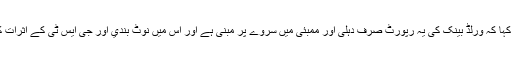
مسٹر شکلا نے کہا کہ ورلڈ بینک کی یہ رپورٹ صرف دہلی اور ممبئی میں سروے پر مبنی ہے اور اس میں نوٹ بندي اور جی ایس ٹی کے اثرات کا ذکر نہیں ہے۔